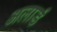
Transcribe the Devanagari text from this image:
अलार्ड